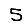
Digit: 5